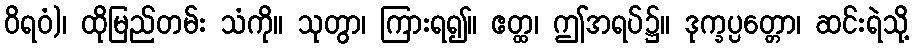
ဝိရဝံ)၊ ထိုမြည်တမ်း သံကို။ သုတွာ၊ ကြားရ၍။ ဧတ္ထ၊ ဤအရပ်၌။ ဒုက္ခပ္ပတ္တော၊ ဆင်းရဲသို့